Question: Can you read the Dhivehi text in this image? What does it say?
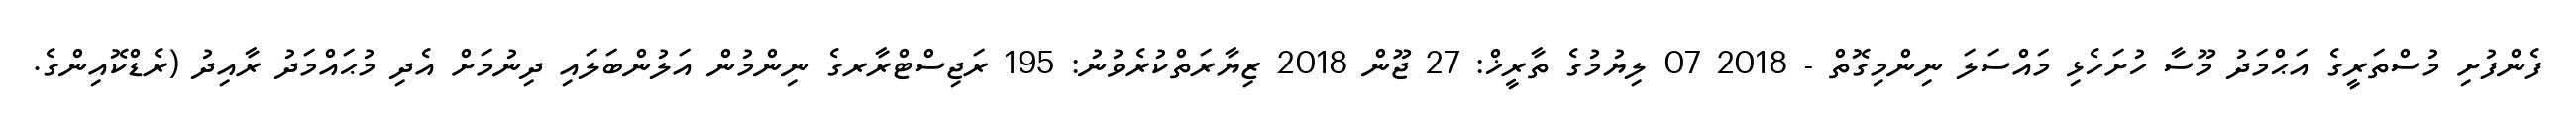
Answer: ފެންފުށި މުސްތަރީގެ އަޙްމަދު މޫސާ ހުށަހެޅި މައްސަލަ ނިންމިގޮތް - 2018 07 ލިޔުމުގެ ތާރީޚް: 27 ޖޫން 2018 ޒިޔާރަތްކުރެވުނު: 195 ރަޖިސްޓްރާރގެ ނިންމުން އަލުންބަލައި ދިނުމަށް އެދި މުޙައްމަދު ރާއިދު (ރެޑްކޮއިންގެ.